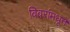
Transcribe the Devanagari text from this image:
विवरांमधून